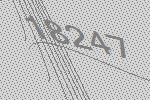
18247